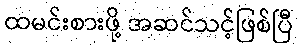
ထမင်းစားဖို့ အဆင်သင့်ဖြစ်ပြီ